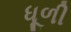
ધૂળી